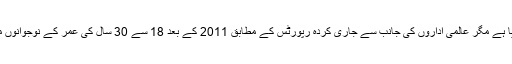
اگرچہ ڈپریشن کا مرض ہر عمر کے افراد میں نوٹ کیا گیا ہے مگر عالمی اداروں کی جانب سے جاری کردہ رپورٹس کے مطابق 2011 کے بعد 18 سے 30 سال کی عمر کے نوجوانوں میں اس مرض کی شرح تشویش ناک حد تک بڑھ رہی ہے۔